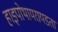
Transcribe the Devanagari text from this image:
हाइपोथायरायडता